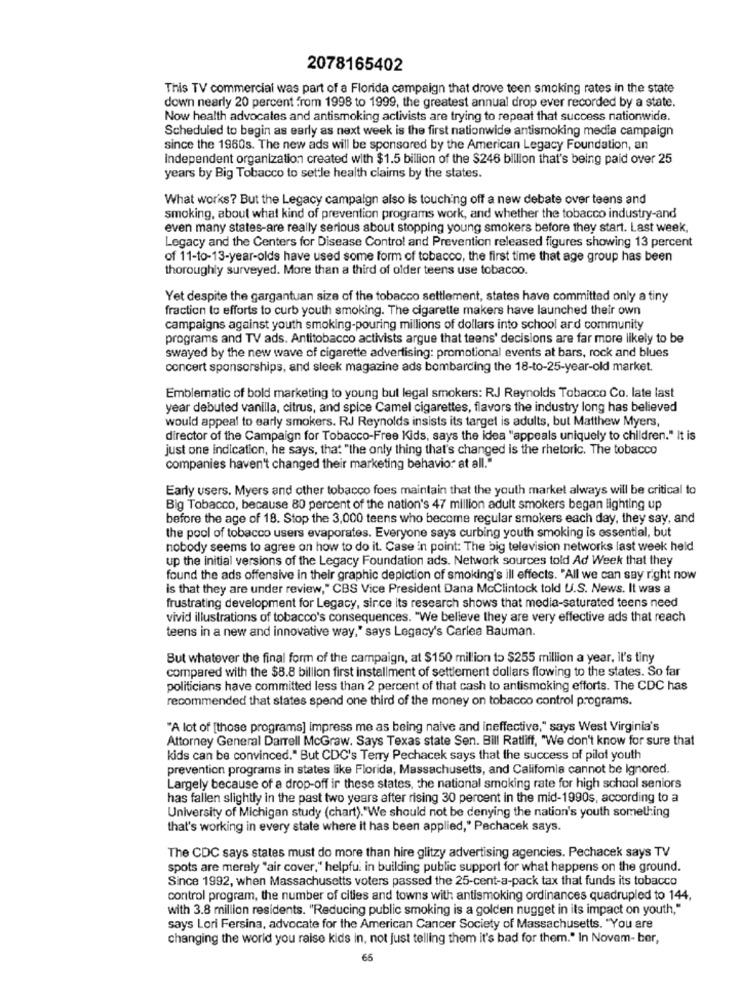
2078165402
This TV commercial was part of a Florida campaign that drove teen smoking rates in the state
down nearly 20 percent from 1998 to 1999, the greatest annual drop ever recorded by a state.
Now health advocates and antismoking activists are trying to repeat that success nationwide.
Scheduled to begin as early as next week is the first nationwide antismoking media campaign
since the 1960s. The new ads will be sponsored by the American Legacy Foundation, an
Independent organization created with $1.5 billion of the $246 billion that's being paid over 25
years by Big Tobacco to settle health claims by the states.
What works? But the Legacy campaign also is touching off a new debate over teens and
smoking, about what kind of prevention programs work, and whether the tobacco industry-and
even many states-are really serious about stopping young smokers before they start. Last week,
Legacy and the Centers for Disease Control and Prevention released figures showing 13 percent
of 11-10-13-year-olds have used some form of tobacco, the first time that age group has been
thoroughly surveyed. More than a third of older teens use tobacco.
Yet despite the gargantuan size of the tobacco settlement, states have committed only a tiny
fraction to efforts to curb youth smoking. The cigarette makers have launched their own
campaigns against youth smoking-pouring millions of dollars into school ard community
programs and TV ads. Antitobacco activists argue that teens' decisions are far more likely to be
swayed by the new wave of cigarette advertising: promotional events at bars, rock and blues
concert sponsorships, and sleek magazine ads bombarding the 18-to-25-year-old market.
Emblematic of bold marketing to young but legal smokers: RJ Reynolds Tobacco Co. late last
year debuted vanilla, citrus, and spice Camel cigarettes, flavors the industry long has believed
would appeal to early smokers. RJ Reynolds insists its target is adults, but Matthew Myers,
director of the Campaign for Tobacco-Free Kids, says the idea "appeals uniquely to children." It is
just one indication, he says, that "the only thing that's changed is the rhetoric. The tobacco
companies haven't changed their marketing behavio" at all."
Early users. Myers and other tobacco foes maintain that the youth market always will be critical to
Big Tobacco, because 80 percent of the nation's 47 million adult smokers began lighting up
before the age of 18. Stop the 3,000 teens who become regular smokers each day, they say, and
the pool of tobacco users evaporates. Everyone says curbing youth smoking is essential, but
nobody seems to agree on how to do it. Case in point: The big television networks last week held
up the initial versions of the Legacy Foundation ads. Network sources told Ad Week that they
found the ads offensive in their graphic depiction of smoking's ill effects. "All we can say right now
is that they are under review," CBS Vice President Dana McClintock told U.S. News. It was a
frustrating development for Legacy, since its research shows that media-saturated teens need
vivid illustrations of tobacco's consequences. "We believe they are very effective ads that reach
teens in a new and innovative way," says Legacy's Carlea Bauman.
But whatever the final form of the campaign, at $150 million to $255 million a year, il's tiny
compared with the $8.8 billion first installment of settlement dollars flowing to the states. So far
politicians have committed less than 2 percent of that cash to antismoking efforts. The CDC has
recommended that states spend one third of the money on tobacco control programs.
"A lot of [those programs] impress me as being naive and ineffective," says West Virginia's
Attorney General Darrell McGraw. Says Texas state Sen. Bill Ratliff, "We don't know for sure that
kids can be convinced." But CDC's Terry Pechacek says that the success of pilot youth
prevention programs in states like Florida, Massachusetts, and California cannot be Ignored.
Largely because of a drop-off ir these states, the national smoking rate for high school seniors
has fallen slightly in the past two years after rising 30 percent in the mid-1990s, according to a
University of Michigan study (chart)."We should not be denying the nation's youth something
that's working in every state where it has been applied," Pechacek says.
The CDC says states must do more than hire glitzy advertising agencies. Pechacek says TV
spots are merely "air cover," helpful in building public support for what happens on the ground.
Since 1992, when Massachusetts voters passed the 25-cent-a-pack tax that funds its tobacco
control program, the number of cities and towns with antismoking ordinances quadrupled to 144,
with 3.8 million residents. "Reducing public smoking is a golden nugget in its impact on youth,"
says Lori Fersina, advocate for the American Cancer Society of Massachusetts. "You are
changing the world you raise kids in, not just telling them it's bad for them." In Novem- ber,
65